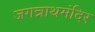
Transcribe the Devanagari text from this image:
जगन्नाथमंदिर